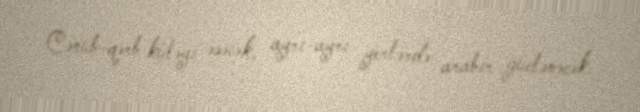
Cənub-qərb küləyi əsəcək, ayrı-ayrı yerlərdə arabir güclənəcək.